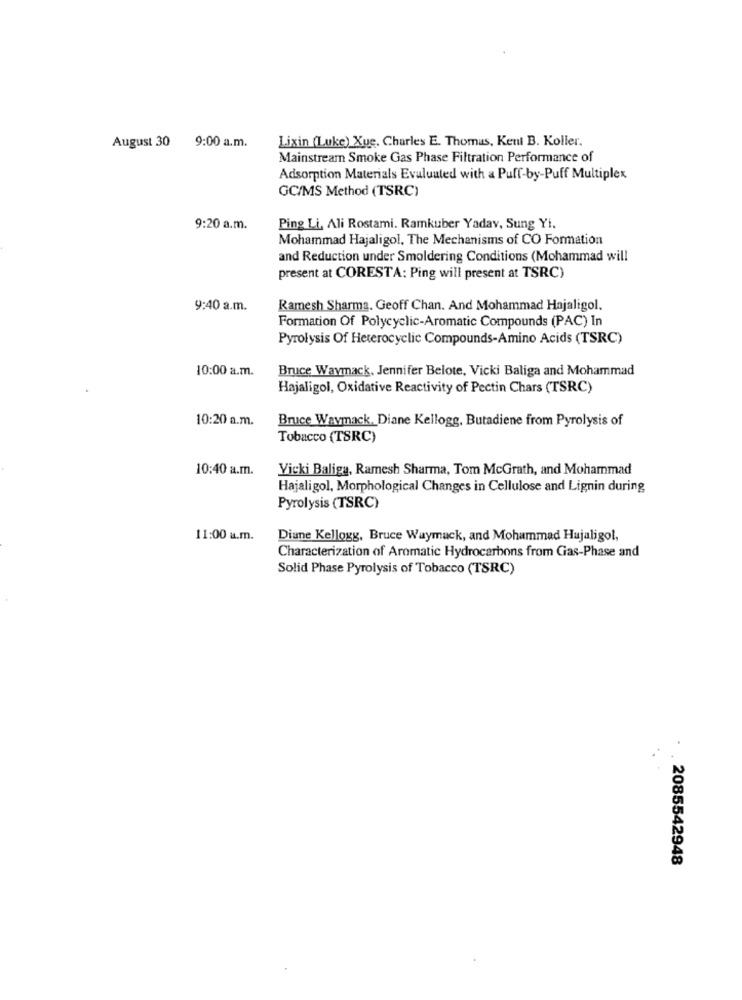
August 30
9:00 a.m.
Lixin (Luke) Xue. Charles E. Thomas, Kent B. Koller.
Mainstream Smoke Gas Phase Filtration Performance of
Adsorption Materials Evaluated with a Puff-by-Puff Multiplex
GC/MS Method (TSRC)
9:20 a.m.
Ping Li, Ali Rostami. Ramkuber Yadav, Sung Yi.
Mohammad Hajaligol, The Mechanisms of CO Formation
and Reduction under Smoldering Conditions (Mohammad will
present at CORESTA: Ping will present at TSRC)
9:40 a.m.
Ramesh Sharma. Geoff Chan. And Mohammad Hajaligol.
Formation Of Polycyclic-Aromatic Compounds (PAC) In
Pyrolysis Of Heterocyclic Compounds-Amino Acids (TSRC)
10:00 a.m.
Bruce Waymack. Jennifer Belote, Vicki Baliga and Mohammad
Hajaligol, Oxidative Reactivity of Pectin Chars (TSRC)
10:20 a.m.
Bruce Waymack. Diane Kellogg, Butadiene from Pyrolysis of
Tobacco (TSRC)
10:40 a.m.
Vicki Baliga, Ramesh Sharma, Tom McGrath, and Mohammad
Hajaligol, Morphological Changes in Cellulose and Lignin during
Pyrolysis (TSRC)
11:00 u.m.
Diune Kellogg, Bruce Waymuck, and Mohammad Hujaligol,
Characterization of Aromatic Hydrocarbons from Gas-Phase and
Solid Phase Pyrolysis of Tobacco (TSRC)
. . 2085542948